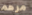
مرهم